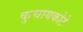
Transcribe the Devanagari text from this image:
कुचायकोटे